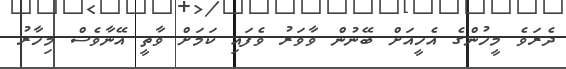
ދެރަވެ މީހުންގެ އެހީއަށް ބޭނުން ވާވަރު ވެފައި ކަމަށް ވާތީ އޭނާވެސް މިހާރު